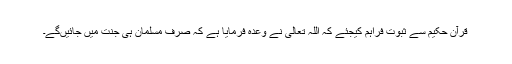
قرآن حکیم سے ثبوت فراہم کیجئے کہ اللہ تعالی نے وعدہ فرمایا ہے کہ صرف مسلمان ہی جنت میں‌ جائیں‌گے۔